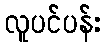
လူပင်ပန်း